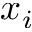
x _ { i }